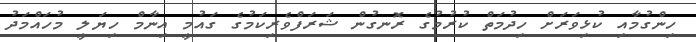
ހިންގުމާއި ކުޅިވަރަށް ހިދުމަތް ކުރުމުގެ ރޮނގުން ޝަރަފްވެރިކަމުގެ ގައުމީ އިނާމް ހިޔަލީ މުހައްމަދު